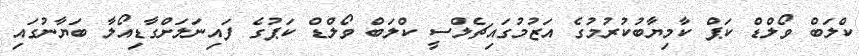
ކްލަބް ވޯލްޑް ކަޕް ކާމިޔާބުކުރުމުގެ އަޒުމުގައިޗެލްސީ ކްލަބް ވޯލްޑް ކަޕުގެ ފައިނަލަށްގާޑިއޯލާ ބަޔާނުގައި